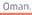
oman.